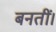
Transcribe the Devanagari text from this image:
बनतीं।